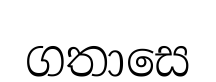
ගතාසෙ